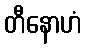
တီနောဟံ